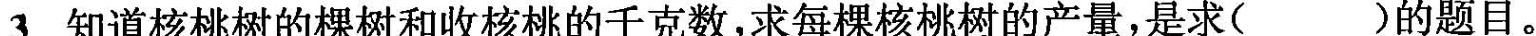
3.知道核桃树的棵树和收核桃的千克数，求每棵核桃树的产量，是求（ ）的题目。